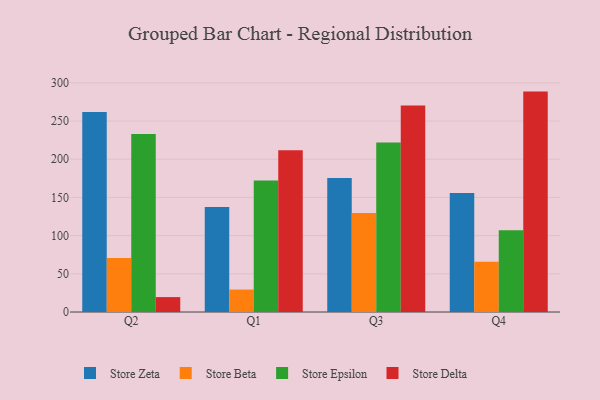
{"axis": {"x": "Quarter", "y": "Inventory Turnover"}, "legend": ["Store Beta", "Store Delta", "Store Epsilon", "Store Zeta"], "data": [{"x": "Q2", "y": 261.9, "type": "Store Zeta"}, {"x": "Q2", "y": 70.6, "type": "Store Beta"}, {"x": "Q2", "y": 233.2, "type": "Store Epsilon"}, {"x": "Q2", "y": 19.5, "type": "Store Delta"}, {"x": "Q1", "y": 137.6, "type": "Store Zeta"}, {"x": "Q1", "y": 29.4, "type": "Store Beta"}, {"x": "Q1", "y": 172.3, "type": "Store Epsilon"}, {"x": "Q1", "y": 211.7, "type": "Store Delta"}, {"x": "Q3", "y": 175.6, "type": "Store Zeta"}, {"x": "Q3", "y": 129.5, "type": "Store Beta"}, {"x": "Q3", "y": 221.8, "type": "Store Epsilon"}, {"x": "Q3", "y": 270.3, "type": "Store Delta"}, {"x": "Q4", "y": 155.7, "type": "Store Zeta"}, {"x": "Q4", "y": 65.8, "type": "Store Beta"}, {"x": "Q4", "y": 106.9, "type": "Store Epsilon"}, {"x": "Q4", "y": 288.6, "type": "Store Delta"}]}